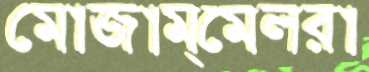
মোজাম্মেলরা